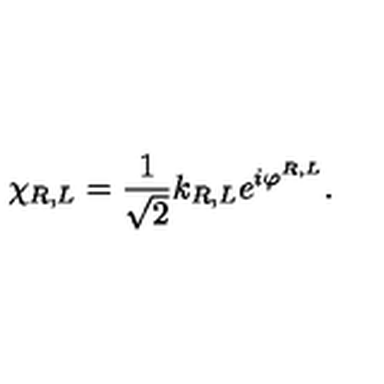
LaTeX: \chi _ { R , L } = \frac { 1 } { \sqrt { 2 } } k _ { R , L } e ^ { i \varphi ^ { R , L } } .